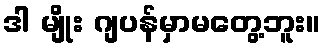
ဒါ မျိုး ဂျပန်မှာမတွေ့ဘူး။